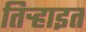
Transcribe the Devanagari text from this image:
तिर्‍हाइत